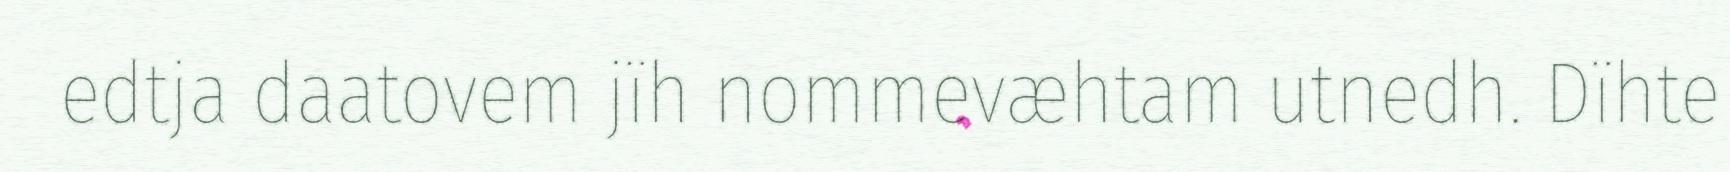
edtja daatovem jïh nommevæhtam utnedh. Dïhte